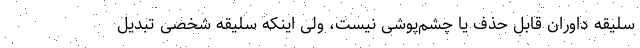
سلیقه داوران قابل حذف یا چشم‌پوشی نیست، ولی اینکه سلیقه شخصی تبدیل